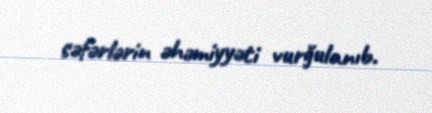
səfərlərin əhəmiyyəti vurğulanıb.